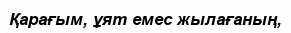
Қарағым, ұят емес жылағаның,